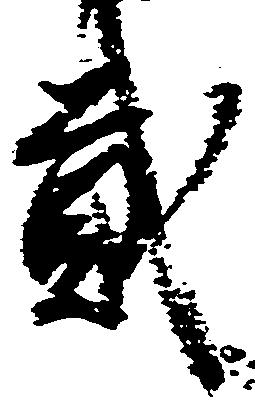
弐